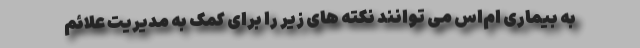
به بیماری ام‌اس می توانند نکته های زیر را برای کمک به مدیریت علائم